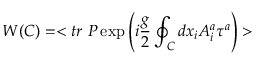
W ( C ) = < t r ~ P \exp \left( i { \frac { g } { 2 } } \oint _ { C } d x _ { i } A _ { i } ^ { a } \tau ^ { a } \right) >